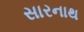
સારનાથ